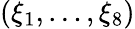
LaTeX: (\xi_{1},\ldots,\xi_{8})